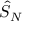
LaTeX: { \hat { S } } _ { N }